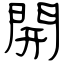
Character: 開